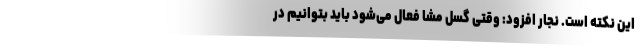
این نکته است. نجار افزود: وقتی گسل مشا فعال می‌شود باید بتوانیم در